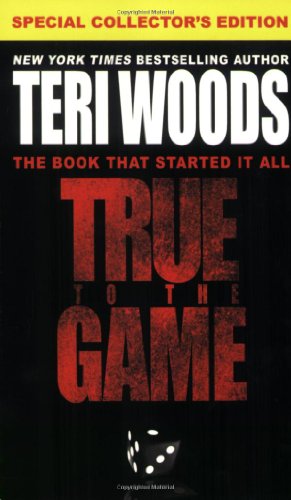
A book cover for True to the Game (True to the Game Trilogy); Teri Woods; Mystery, Thriller & Suspense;